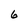
Character: 6